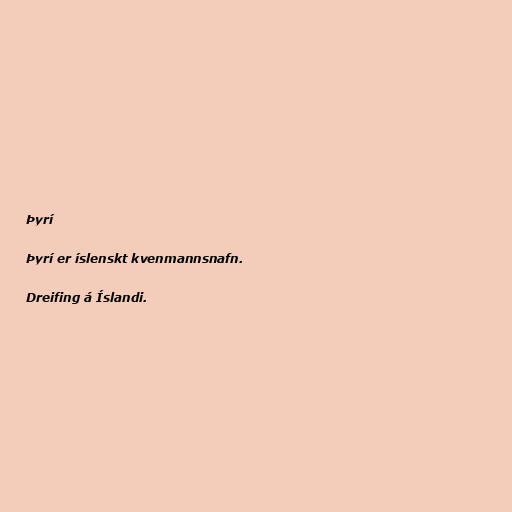
Þyrí

Þyrí er íslenskt kvenmannsnafn.

Dreifing á Íslandi.